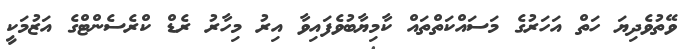
ވޭތުވެދިޔަ ހަތް އަހަރުގެ މަސައްކަތްތައް ކާމިޔާބުވެފައިވާ އިރު މިހާރު ރެޑް ކްރެސެންޓްގެ އަޒުމަކީ